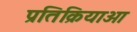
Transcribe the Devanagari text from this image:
प्रतिक्रियाओ